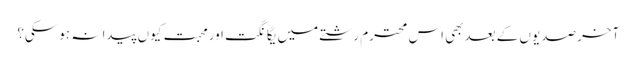
آخر صدیوں کے بعدبھی اس محترم رشتے میں یگانگت اورمحبت کیوں پیدا نہ ہوسکی؟